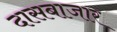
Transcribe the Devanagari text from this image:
दासबाजार